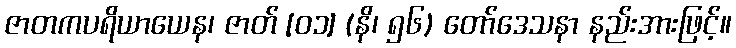
ဇာတကပရိယာယေန၊ ဇာတ် [၀၁] (နိ၊ ၅၆) တော်ဒေသနာ နည်းအားဖြင့်။